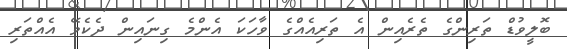
ބޮލީވުޑް ތަރިންގެ ތެރެއިން އެ ތަރިއެއްގެ ވާހަކަ އެންމެ ގިނައިން ދެކެވޭ އެއްތަރި